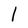
Character: l